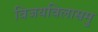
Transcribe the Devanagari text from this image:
विजयविलासमु